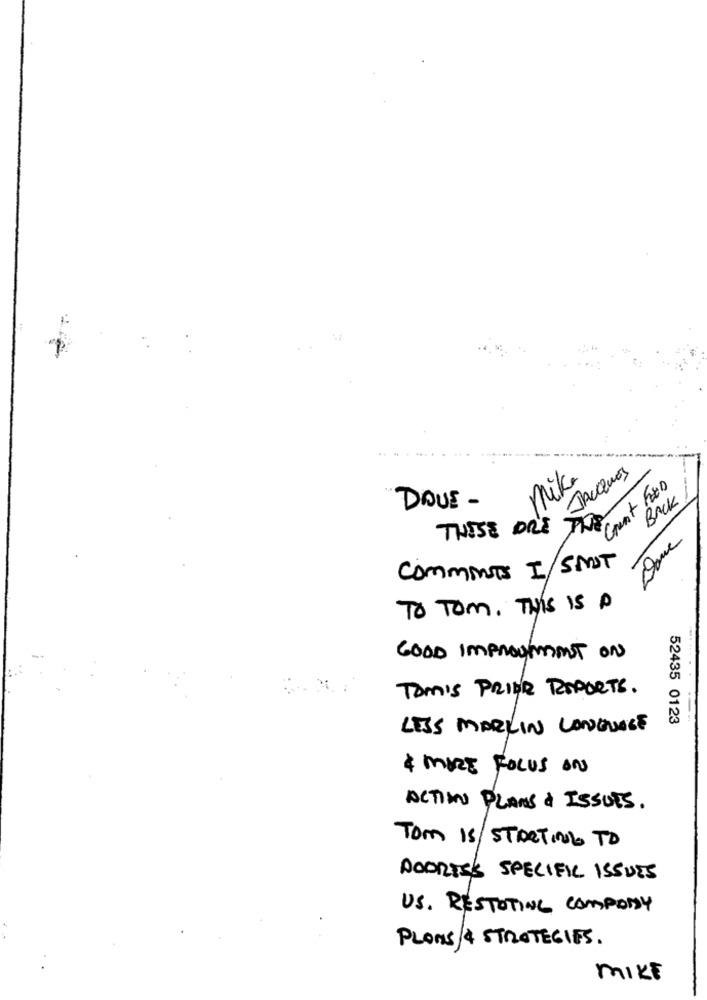
Mik.
JACQUES
Grunt FED
BACK
DOVE -
THESE DR'S
Done
COMMENTS I/SMOT
To Tom. THIS Is A
GOOD Improyimmst ON
TOM'S PRIOR REPORTS.
52435 0123
LESS MARKIN LANGUAGE
& MORE FOCUS ON
ACTION PLANS & ISSUES.
Tom Is/ STARTING TO
DODRESS SPECIFIC ISSUES
US. RESTOTING COMPANY
PLONS/ 4 STRATEGIES.
MIKE